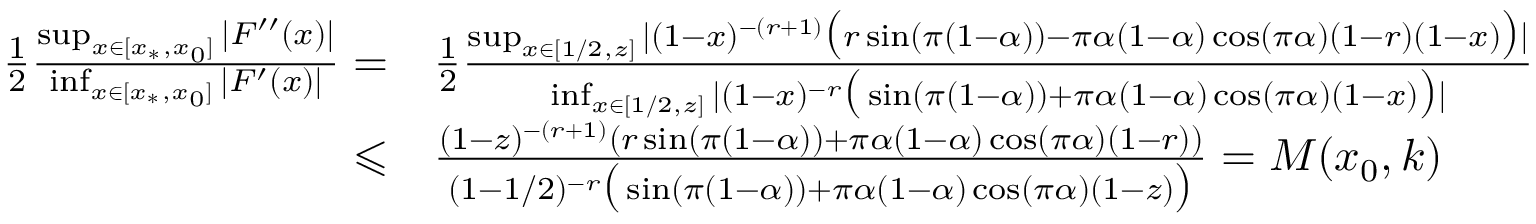
\begin{array} { r l } { \frac { 1 } { 2 } \frac { \operatorname* { s u p } _ { x \in [ x _ { * } , x _ { 0 } ] } | F ^ { \prime \prime } ( x ) | } { \operatorname* { i n f } _ { x \in [ x _ { * } , x _ { 0 } ] } | F ^ { \prime } ( x ) | } = } & { \frac { 1 } { 2 } \frac { \operatorname* { s u p } _ { x \in [ 1 / 2 , z ] } | ( 1 - x ) ^ { - ( r + 1 ) } \big ( r \sin ( \pi ( 1 - \alpha ) ) - \pi \alpha ( 1 - \alpha ) \cos ( \pi \alpha ) ( 1 - r ) ( 1 - x ) \big ) | } { \operatorname* { i n f } _ { x \in [ 1 / 2 , z ] } | ( 1 - x ) ^ { - r } \big ( \sin ( \pi ( 1 - \alpha ) ) + \pi \alpha ( 1 - \alpha ) \cos ( \pi \alpha ) ( 1 - x ) \big ) | } } \\ { \leqslant } & { \frac { ( 1 - z ) ^ { - ( r + 1 ) } ( r \sin ( \pi ( 1 - \alpha ) ) + \pi \alpha ( 1 - \alpha ) \cos ( \pi \alpha ) ( 1 - r ) ) } { ( 1 - 1 / 2 ) ^ { - r } \big ( \sin ( \pi ( 1 - \alpha ) ) + \pi \alpha ( 1 - \alpha ) \cos ( \pi \alpha ) ( 1 - z ) \big ) } = M ( x _ { 0 } , k ) } \end{array}